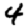
Digit: 4